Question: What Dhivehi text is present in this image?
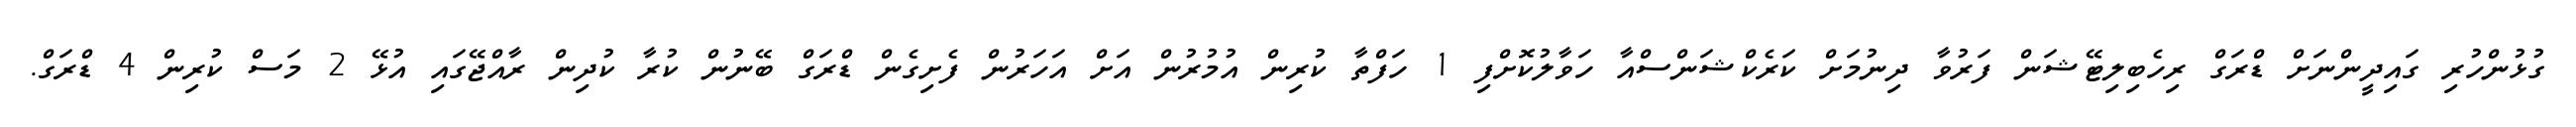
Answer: ގުޅުންހުރި ގައިދީންނަށް ޑްރަގް ރިހެބިލިޓޭޝަން ފަރުވާ ދިނުމަށް ކަރެކްޝަންސްއާ ހަވާލުކޮށްފި 1 ހަފްތާ ކުރިން އުމުރުން އަށް އަހަރުން ފެށިގެން ޑްރަގް ބޭނުން ކުރާ ކުދިން ރާއްޖޭގައި އުޅޭ 2 މަސް ކުރިން 4 ޑްރަގް.